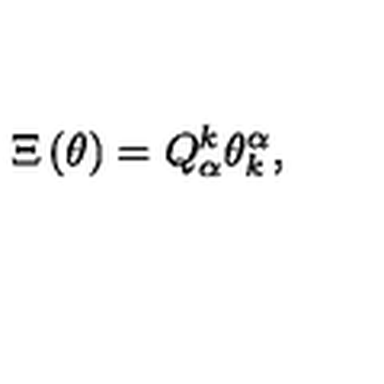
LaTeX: \Xi \left( \theta \right) = Q _ { \alpha } ^ { k } \theta _ { k } ^ { \alpha } ,